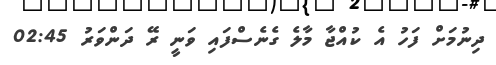
ދިނުމަށް ފަހު އެ ކުއްޖާ މާލެ ގެނެސްފައި ވަނީ ރޭ ދަންވަރު 02:45